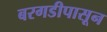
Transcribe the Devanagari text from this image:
बरगडीपासून